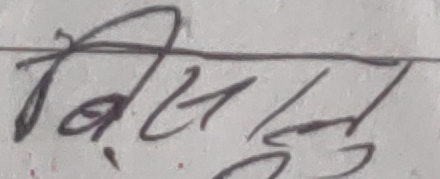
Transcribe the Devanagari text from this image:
बिष्णु